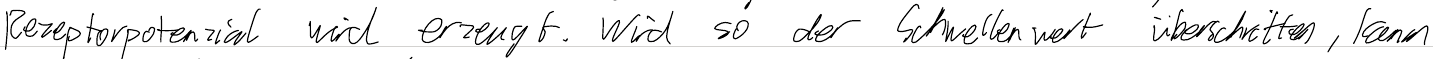
Rezeptorpotenzial wird erzeugt. Wird so der Schwellenwert überschritten, kann